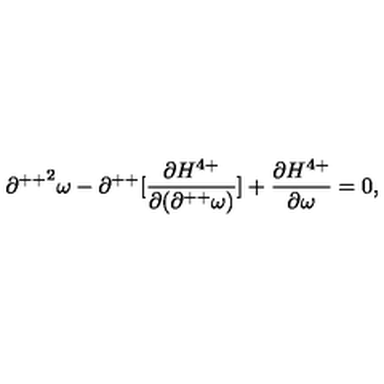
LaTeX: { \partial ^ { + + } } ^ { 2 } \omega - \partial ^ { + + } [ \frac { \partial H ^ { 4 + } } { \partial ( \partial ^ { + + } \omega ) } ] + \frac { \partial H ^ { 4 + } } { \partial \omega } = 0 ,